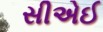
સીએઈ